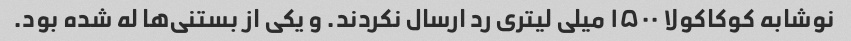
نوشابه کوکاکولا ۱۵۰۰ میلی لیتری رد ارسال نکردند. و یکی از بستنی‌ها له شده بود.